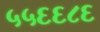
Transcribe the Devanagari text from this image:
५५६६८६